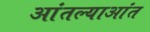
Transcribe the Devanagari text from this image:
आंतल्याआंत